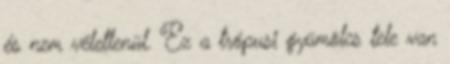
és nem véletlenül. Ez a trópusi gyümölcs tele van